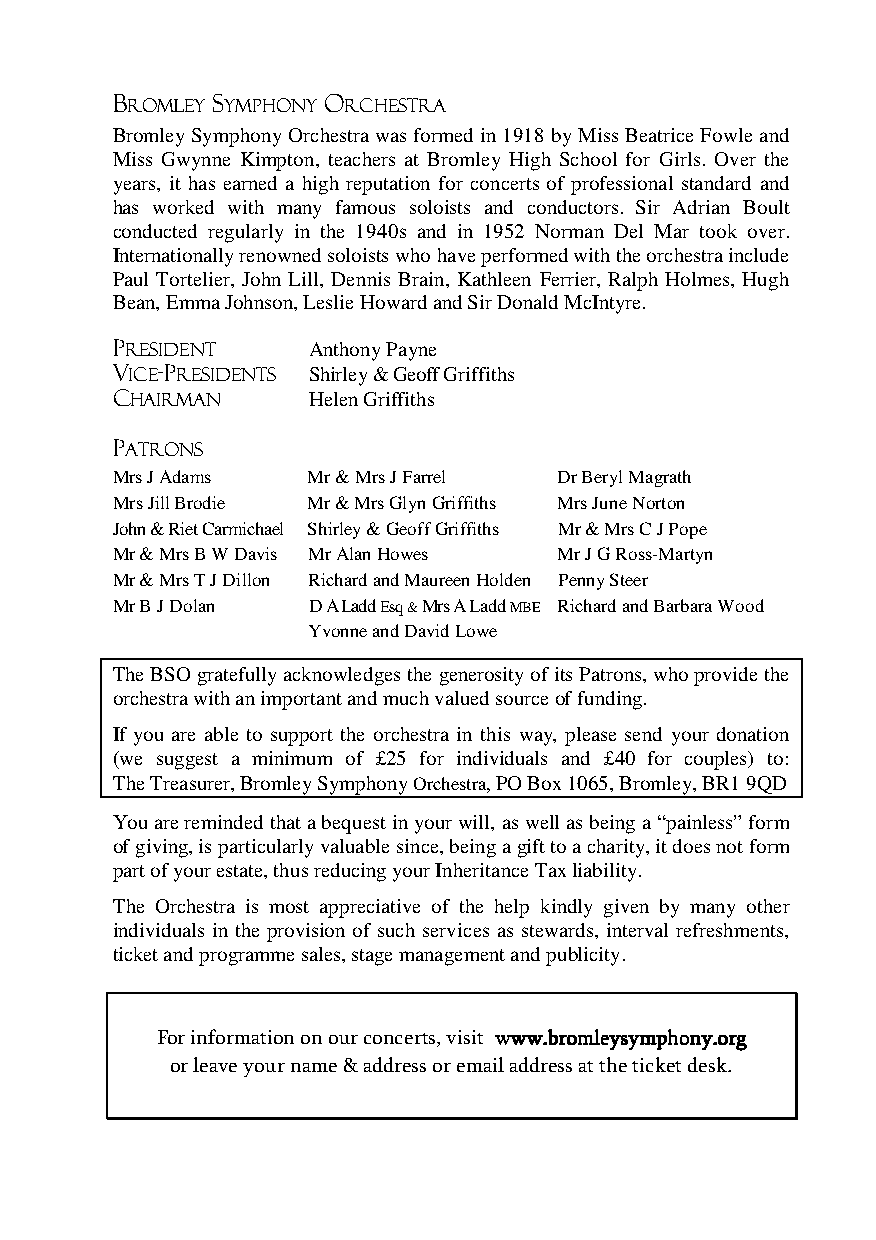
BROMLEY SYMPHONY ORCHESTRA
 Bromley Symphony Orchestra was formed in 1918 by Miss Beatrice Fowle and
 Miss Gwynne Kimpton, teachers at Bromley High School for Girls. Over the
 years, it has earned a high reputation for concerts of professional standard and
 has worked with many famous soloists and conductors. Sir Adrian Boult
 conducted regularly in the 1940s and in 1952 Norman Del Mar took over.
 Internationally renowned soloists who have performed with the orchestra include
 Paul Tortelier, John Lill, Dennis Brain, Kathleen Ferrier, Ralph Holmes, Hugh
 Bean, Emma Johnson, Leslie Howard and Sir Donald McIntyre.
 President
 Anthony Payne
 Vice-PresidentS
 Shirley & Geoff Griffiths
 Chairman
 Helen Griffiths
 Patrons
 Mrs J Adams  Mr & Mrs J Farrel Dr Beryl Magrath
 Mrs Jill Brodie Mr & Mrs Glyn Griffiths Mrs June Norton
 John & Riet Carmichael Shirley & Geoff Griffiths Mr & Mrs C J Pope
 Mr & Mrs B W Davis Mr Alan Howes Mr J G Ross-Martyn
 Mr & Mrs T J Dillon Richard and Maureen Holden Penny Steer
 Mr B J Dolan D A Ladd Esq & Mrs A Ladd MBE Richard and Barbara Wood
 Yvonne and David Lowe
 The BSO gratefully acknowledges the generosity of its Patrons, who provide the
 orchestra with an important and much valued source of funding.
 If you are able to support the orchestra in this way, please send your donation
 (we suggest a minimum of £25 for individuals and £40 for couples) to:
 The Treasurer, Bromley Symphony Orchestra, PO Box 1065, Bromley, BR1 9QD
 You are reminded that a bequest in your will, as well as being a “painless” form
 of giving, is particularly valuable since, being a gift to a charity, it does not form
 part of your estate, thus reducing your Inheritance Tax liability.
 The Orchestra is most appreciative of the help kindly given by many other
 individuals in the provision of such services as stewards, interval refreshments,
 ticket and programme sales, stage management and publicity.
 For information on our concerts, visit wwwwwwwwwwww....bbbbrrrroooommmmlllleeeeyyyyssssyyyymmmmpppphhhhoooonnnnyyyy....oooorrrrgggg
 or leave your name & address or email address at the ticket desk.